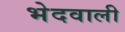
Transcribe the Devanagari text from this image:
भेदवाली